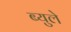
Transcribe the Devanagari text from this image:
ब्युले